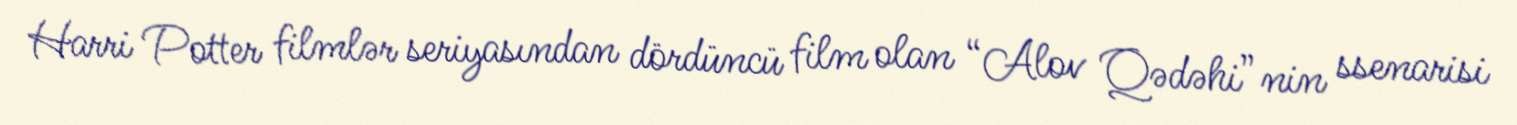
Harri Potter filmlər seriyasından dördüncü film olan “Alov Qədəhi”nin ssenarisi